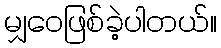
မျှဝေဖြစ်ခဲ့ပါတယ်။